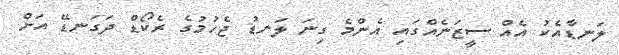
ލަނޑާއެކު އެއް ސީޒަނެއްގައި އެންމެ ގިނަ ލަނޑު ޖެހުމުގެ ރެކޯޑް ދަގަނޑޭ އަށް